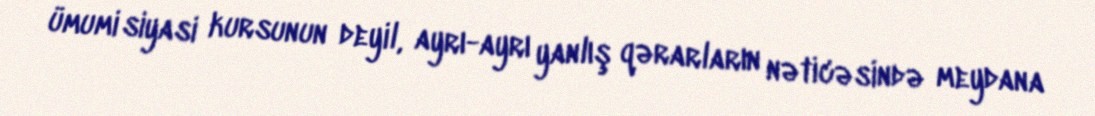
ümumi siyasi kursunun deyil, ayrı-ayrı yanlış qərarların nəticəsində meydana